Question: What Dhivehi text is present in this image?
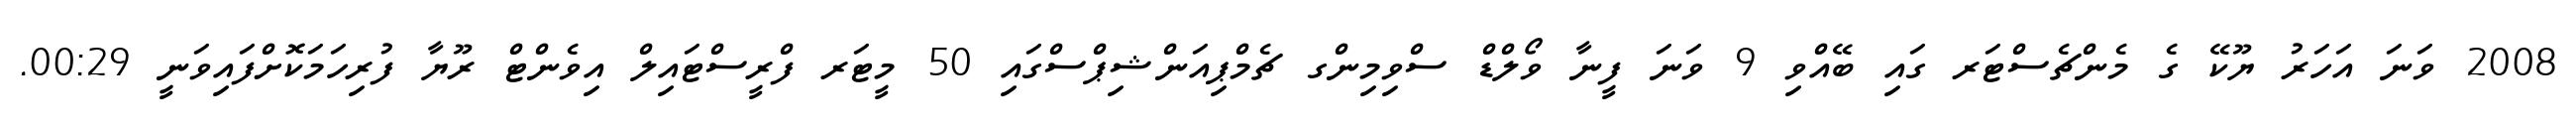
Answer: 2008 ވަނަ އަހަރު ޔޫކޭ ގެ މެންޗެސްޓަރ ގައި ބޭއްވި 9 ވަނަ ފީނާ ވޯލްޑް ސްވިމިންގ ޗެމްޕިއަންޝިޕްސްގައި 50 މީޓަރ ފްރީސްޓައިލް އިވެންޓް ރޫޔާ ފުރިހަމަކޮށްފައިވަނީ 00:29.